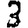
Digit: 3